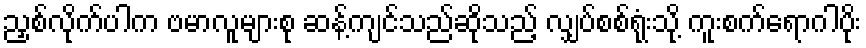
ညှစ်လိုက်ပါက ဗမာလူများစု ဆန့်ကျင်သည်ဆိုသည့် လျှပ်စစ်ရုံးသို့ ကူးစက်ရောဂါပိုး